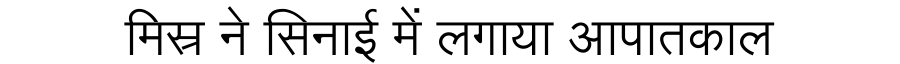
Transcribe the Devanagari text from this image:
मिस्र ने सिनाई में लगाया आपातकाल